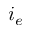
i _ { e }